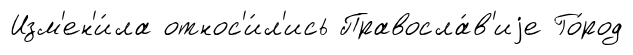
Изм'ен'и́ла относ'и́л'ись Правосла́в'иjе Го́род